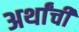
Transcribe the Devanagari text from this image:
अर्थांची